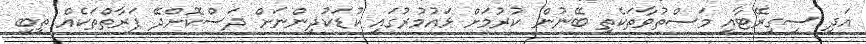
އަދި ސިގިރޭޓާއި މަސްތުވާތަކެތި ބޭނުން ކުރުމަށް ޅައުމުރުގައި ކުޑަކުދިންނަށް ދަސްކޮށްދޭ ފަރާތްތަކެއް ތިބި